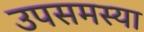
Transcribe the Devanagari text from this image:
उपसमस्या